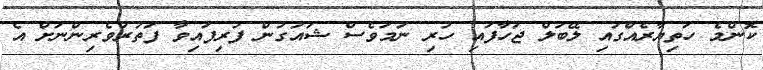
ކޮންމެ ހަތިޔާރެއްގައި ލޭބަލް ޖަހާފައި ހުރި ނަމަވެސް ޝައުގުން ފުރިފައިވާ ފަތުރުވެރިންނަށް އެ